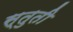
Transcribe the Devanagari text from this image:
स्‍तुती